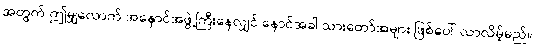
အတွက် ဤမျှလောက် အနှောင်အဖွဲ့ကြီးနေလျှင် နောင်အခါ သားတော်အများ ဖြစ်ပေါ် လာလိမ့်မည်။